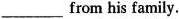
___from his family.